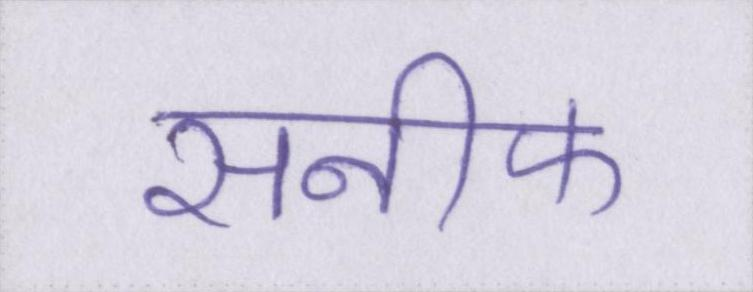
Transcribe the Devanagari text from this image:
सनीफ